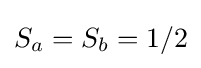
S_{a}=S_{b}=1/2